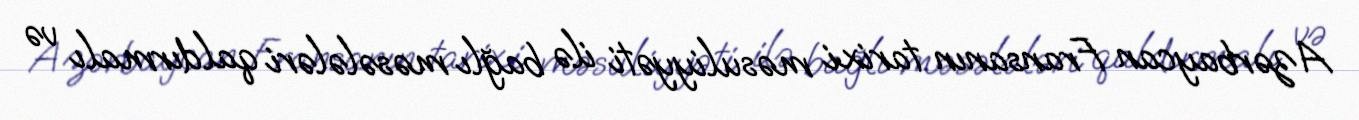
Azərbaycan Fransanın tarixi məsuliyyəti ilə bağlı məsələləri qaldırmalı və